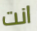
انت